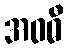
အဝဓီ